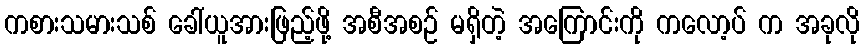
ကစားသမားသစ် ခေါ်ယူအားဖြည့်ဖို့ အစီအစဉ် မရှိတဲ့ အကြောင်းကို ကလော့ပ် က အခုလို